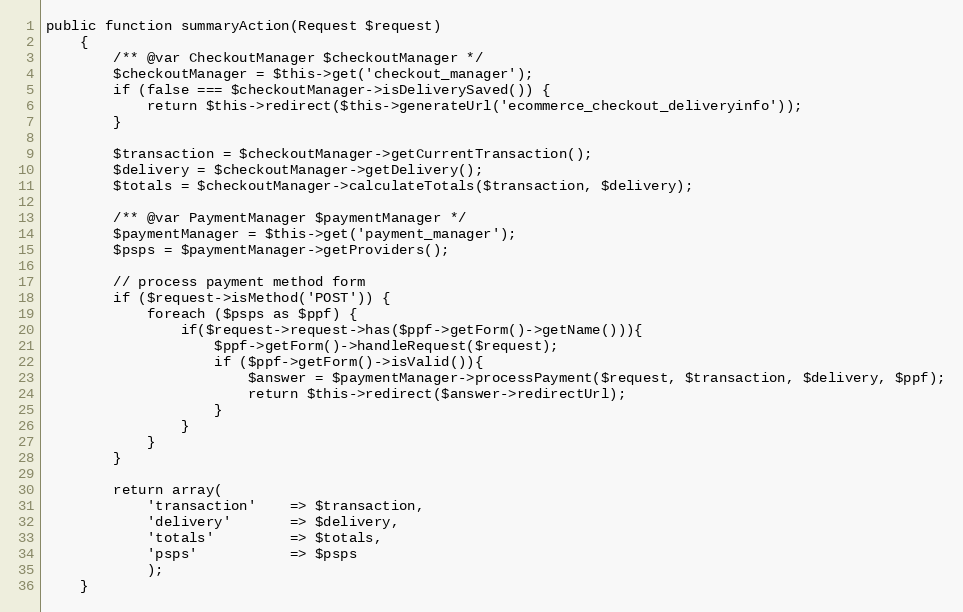
Language: PHP
public function summaryAction(Request $request)
    {
        /** @var CheckoutManager $checkoutManager */
        $checkoutManager = $this->get('checkout_manager');
        if (false === $checkoutManager->isDeliverySaved()) {
            return $this->redirect($this->generateUrl('ecommerce_checkout_deliveryinfo'));
        }

        $transaction = $checkoutManager->getCurrentTransaction();
        $delivery = $checkoutManager->getDelivery();
        $totals = $checkoutManager->calculateTotals($transaction, $delivery);

        /** @var PaymentManager $paymentManager */
        $paymentManager = $this->get('payment_manager');
        $psps = $paymentManager->getProviders();

        // process payment method form
        if ($request->isMethod('POST')) {
            foreach ($psps as $ppf) {
                if($request->request->has($ppf->getForm()->getName())){
                    $ppf->getForm()->handleRequest($request);
                    if ($ppf->getForm()->isValid()){
                        $answer = $paymentManager->processPayment($request, $transaction, $delivery, $ppf);
                        return $this->redirect($answer->redirectUrl);
                    }
                }
            }
        }

        return array(
            'transaction'    => $transaction,
            'delivery'       => $delivery,
            'totals'         => $totals,
            'psps'           => $psps
            );
    }